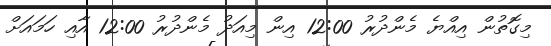
މިގޮތުން އިއްޔެ މެންދުރު 12:00 އިން މިއަދު މެންދުރު 12:00 އާއި ހަމައަށް